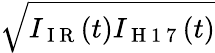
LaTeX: \sqrt{I_{\mathrm{~I~R~}}(t)I_{\mathrm{~H~1~7~}}(t)}